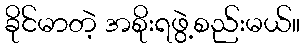
ခိုင်မာတဲ့ အစိုးရဖွဲ့စည်းမယ်။